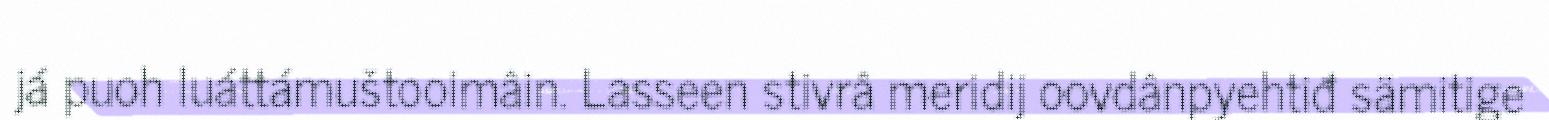
já puoh luáttámuštooimâin. Lasseen stivrâ meridij oovdânpyehtiđ sämitige